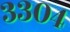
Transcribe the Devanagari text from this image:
३३०४